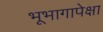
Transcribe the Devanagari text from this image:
भूभागापेक्षा